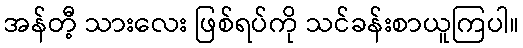
အန်တီ့ သားလေး ဖြစ်ရပ်ကို သင်ခန်းစာယူကြပါ။